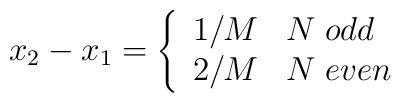
x_2 - x_1= \left\{\begin{array}{cl}1/M & N\;odd \\2/M & N\;even\end{array}\right.